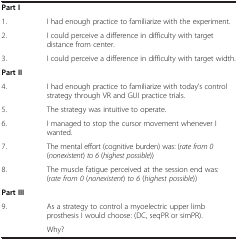
<table><thead><tr><td><b> </b></td><td><b> </b></td></tr></thead><tbody><tr><td><b>Part I</b></td><td> </td></tr><tr><td>1.</td><td>I had enough practice to familiarize with the experiment.</td></tr><tr><td>2.</td><td>I could perceive a difference in difficulty with target distance from center.</td></tr><tr><td>3.</td><td>I could perceive a difference in difficulty with target width.</td></tr><tr><td><b>Part II</b></td><td> </td></tr><tr><td>4.</td><td>I had enough practice to familiarize with today’s control strategy through VR and GUI practice trials.</td></tr><tr><td>5.</td><td>The strategy was intuitive to operate.</td></tr><tr><td>6.</td><td>I managed to stop the cursor movement whenever I wanted.</td></tr><tr><td>7.</td><td>The mental effort (cognitive burden) was: (<i>rate from 0</i> (<i>nonexistent</i>) <i>to 6</i> (<i>highest possible</i>))</td></tr><tr><td>8.</td><td>The muscle fatigue perceived at the session end was: (<i>rate from 0</i> (<i>nonexistent</i>) <i>to 6</i> (<i>highest possible</i>))</td></tr><tr><td><b>Part III</b></td><td> </td></tr><tr><td rowspan="2">9.</td><td>As a strategy to control a myoelectric upper limb prosthesis I would choose: (DC, seqPR or simPR).</td></tr><tr><td>Why?</td></tr></tbody></table>